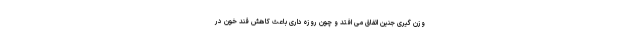
وزن گیری جنین اتفاق می افتد و چون روزه داری باعث کاهش قند خون در